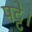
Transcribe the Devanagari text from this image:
पट्टे।